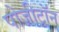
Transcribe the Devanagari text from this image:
पोज़ीट्रॉन